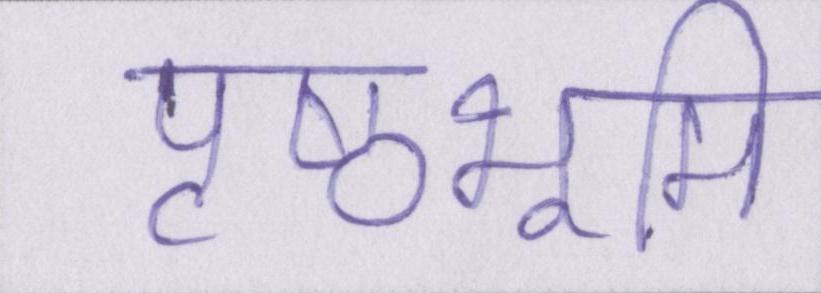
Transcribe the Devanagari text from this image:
पृष्ठभूमि